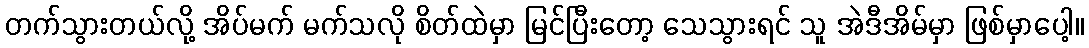
တက်သွားတယ်လို့ အိပ်မက် မက်သလို စိတ်ထဲမှာ မြင်ပြီးတော့ သေသွားရင် သူ အဲဒီအိမ်မှာ ဖြစ်မှာပေါ့။